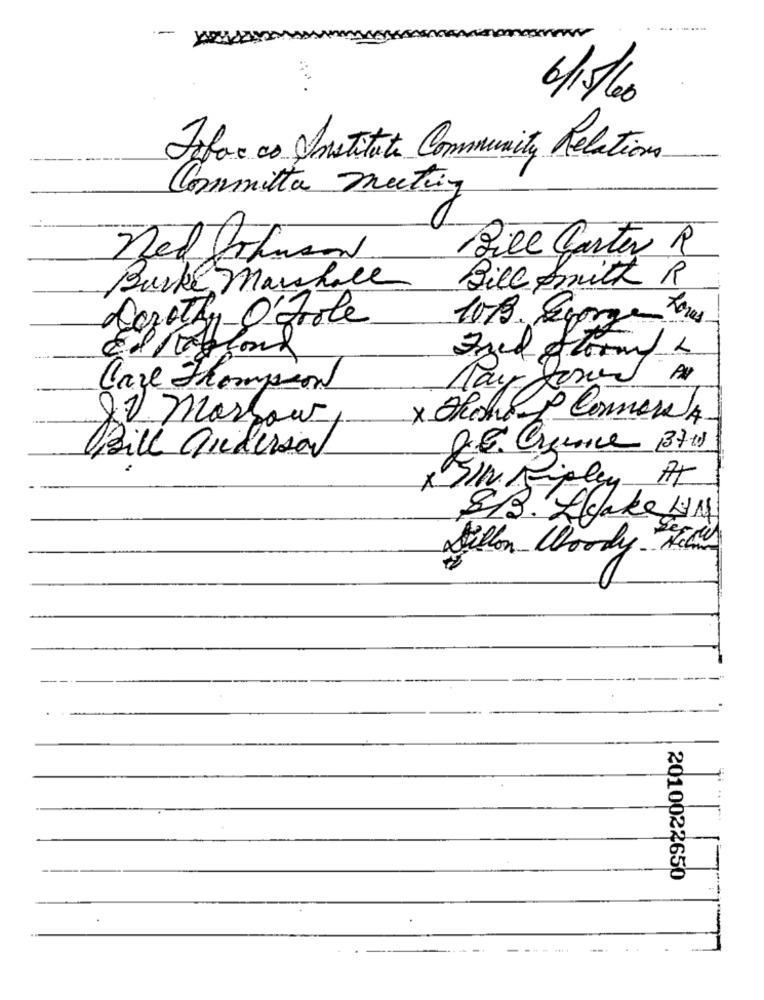
6/5/60
Fafor ao Institute Community Relations
Committe mutig
Bill Carter R
Burke Marchace
Bill fritt R
Dorothy-O'toole
1019. Egorge Teres
El Kabel
Pay Jones
Care Thompson
x Ohoho P Commons A
22 Marsow
Bill anderson
SIN Ripley At
83. Hake UM
Sillon Woody Kcal
2010022650
--